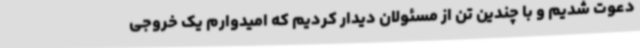
دعوت شدیم و با چندین تن از مسئولان دیدار کردیم که امیدوارم یک خروجی